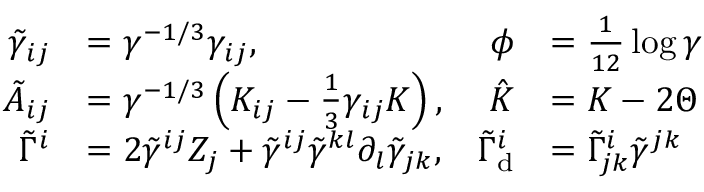
\begin{array} { r l r l } { \tilde { \gamma } _ { i j } } & { = \gamma ^ { - 1 / 3 } \gamma _ { i j } , } & { \phi } & { = \frac { 1 } { 1 2 } \log \gamma } \\ { \tilde { A } _ { i j } } & { = \gamma ^ { - 1 / 3 } \left( K _ { i j } - \frac { 1 } { 3 } \gamma _ { i j } K \right) , } & { \hat { K } } & { = K - 2 \Theta } \\ { \tilde { \Gamma } ^ { i } } & { = 2 \tilde { \gamma } ^ { i j } Z _ { j } + \tilde { \gamma } ^ { i j } \tilde { \gamma } ^ { k l } \partial _ { l } \tilde { \gamma } _ { j k } , } & { \tilde { \Gamma } _ { \mathrm { d } } ^ { i } } & { = \tilde { \Gamma } _ { j k } ^ { i } \tilde { \gamma } ^ { j k } } \end{array}